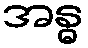
အန္ဓ